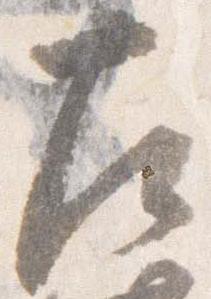
左